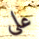
على